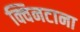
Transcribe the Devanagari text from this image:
क्विनटाना